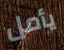
يأمل